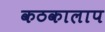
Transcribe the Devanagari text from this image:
कठकालाप